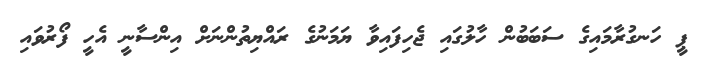
ޕީ ހަނގުރާމައިގެ ސަބަބުން ހާލުގައި ޖެހިފައިވާ ޔަމަނުގެ ރައްޔިތުންނަށް އިންސާނީ އެހީ ފޯރުވައި